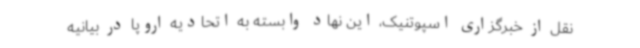
نقل از خبرگزاری اسپوتنیک، این نهاد وابسته به اتحادیه اروپا در بیانیه